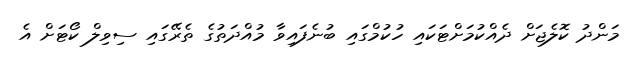
މަންދު ކޮލެޖަށް ދެއްކުމަށްޓަކައި ހުކުމްގައި ބުނެފައިވާ މުއްދަތުގެ ތެރޭގައި ސިވިލް ކޯޓަށް އެ